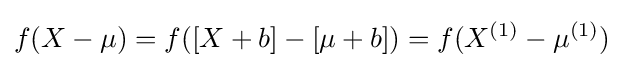
f(X-\mu )=f([X+b]-[\mu +b])=f(X^{(1)}-\mu ^{(1)})